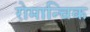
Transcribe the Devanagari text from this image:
रोमान्चिक